kultuurilooline_kollektsioon, lk 46
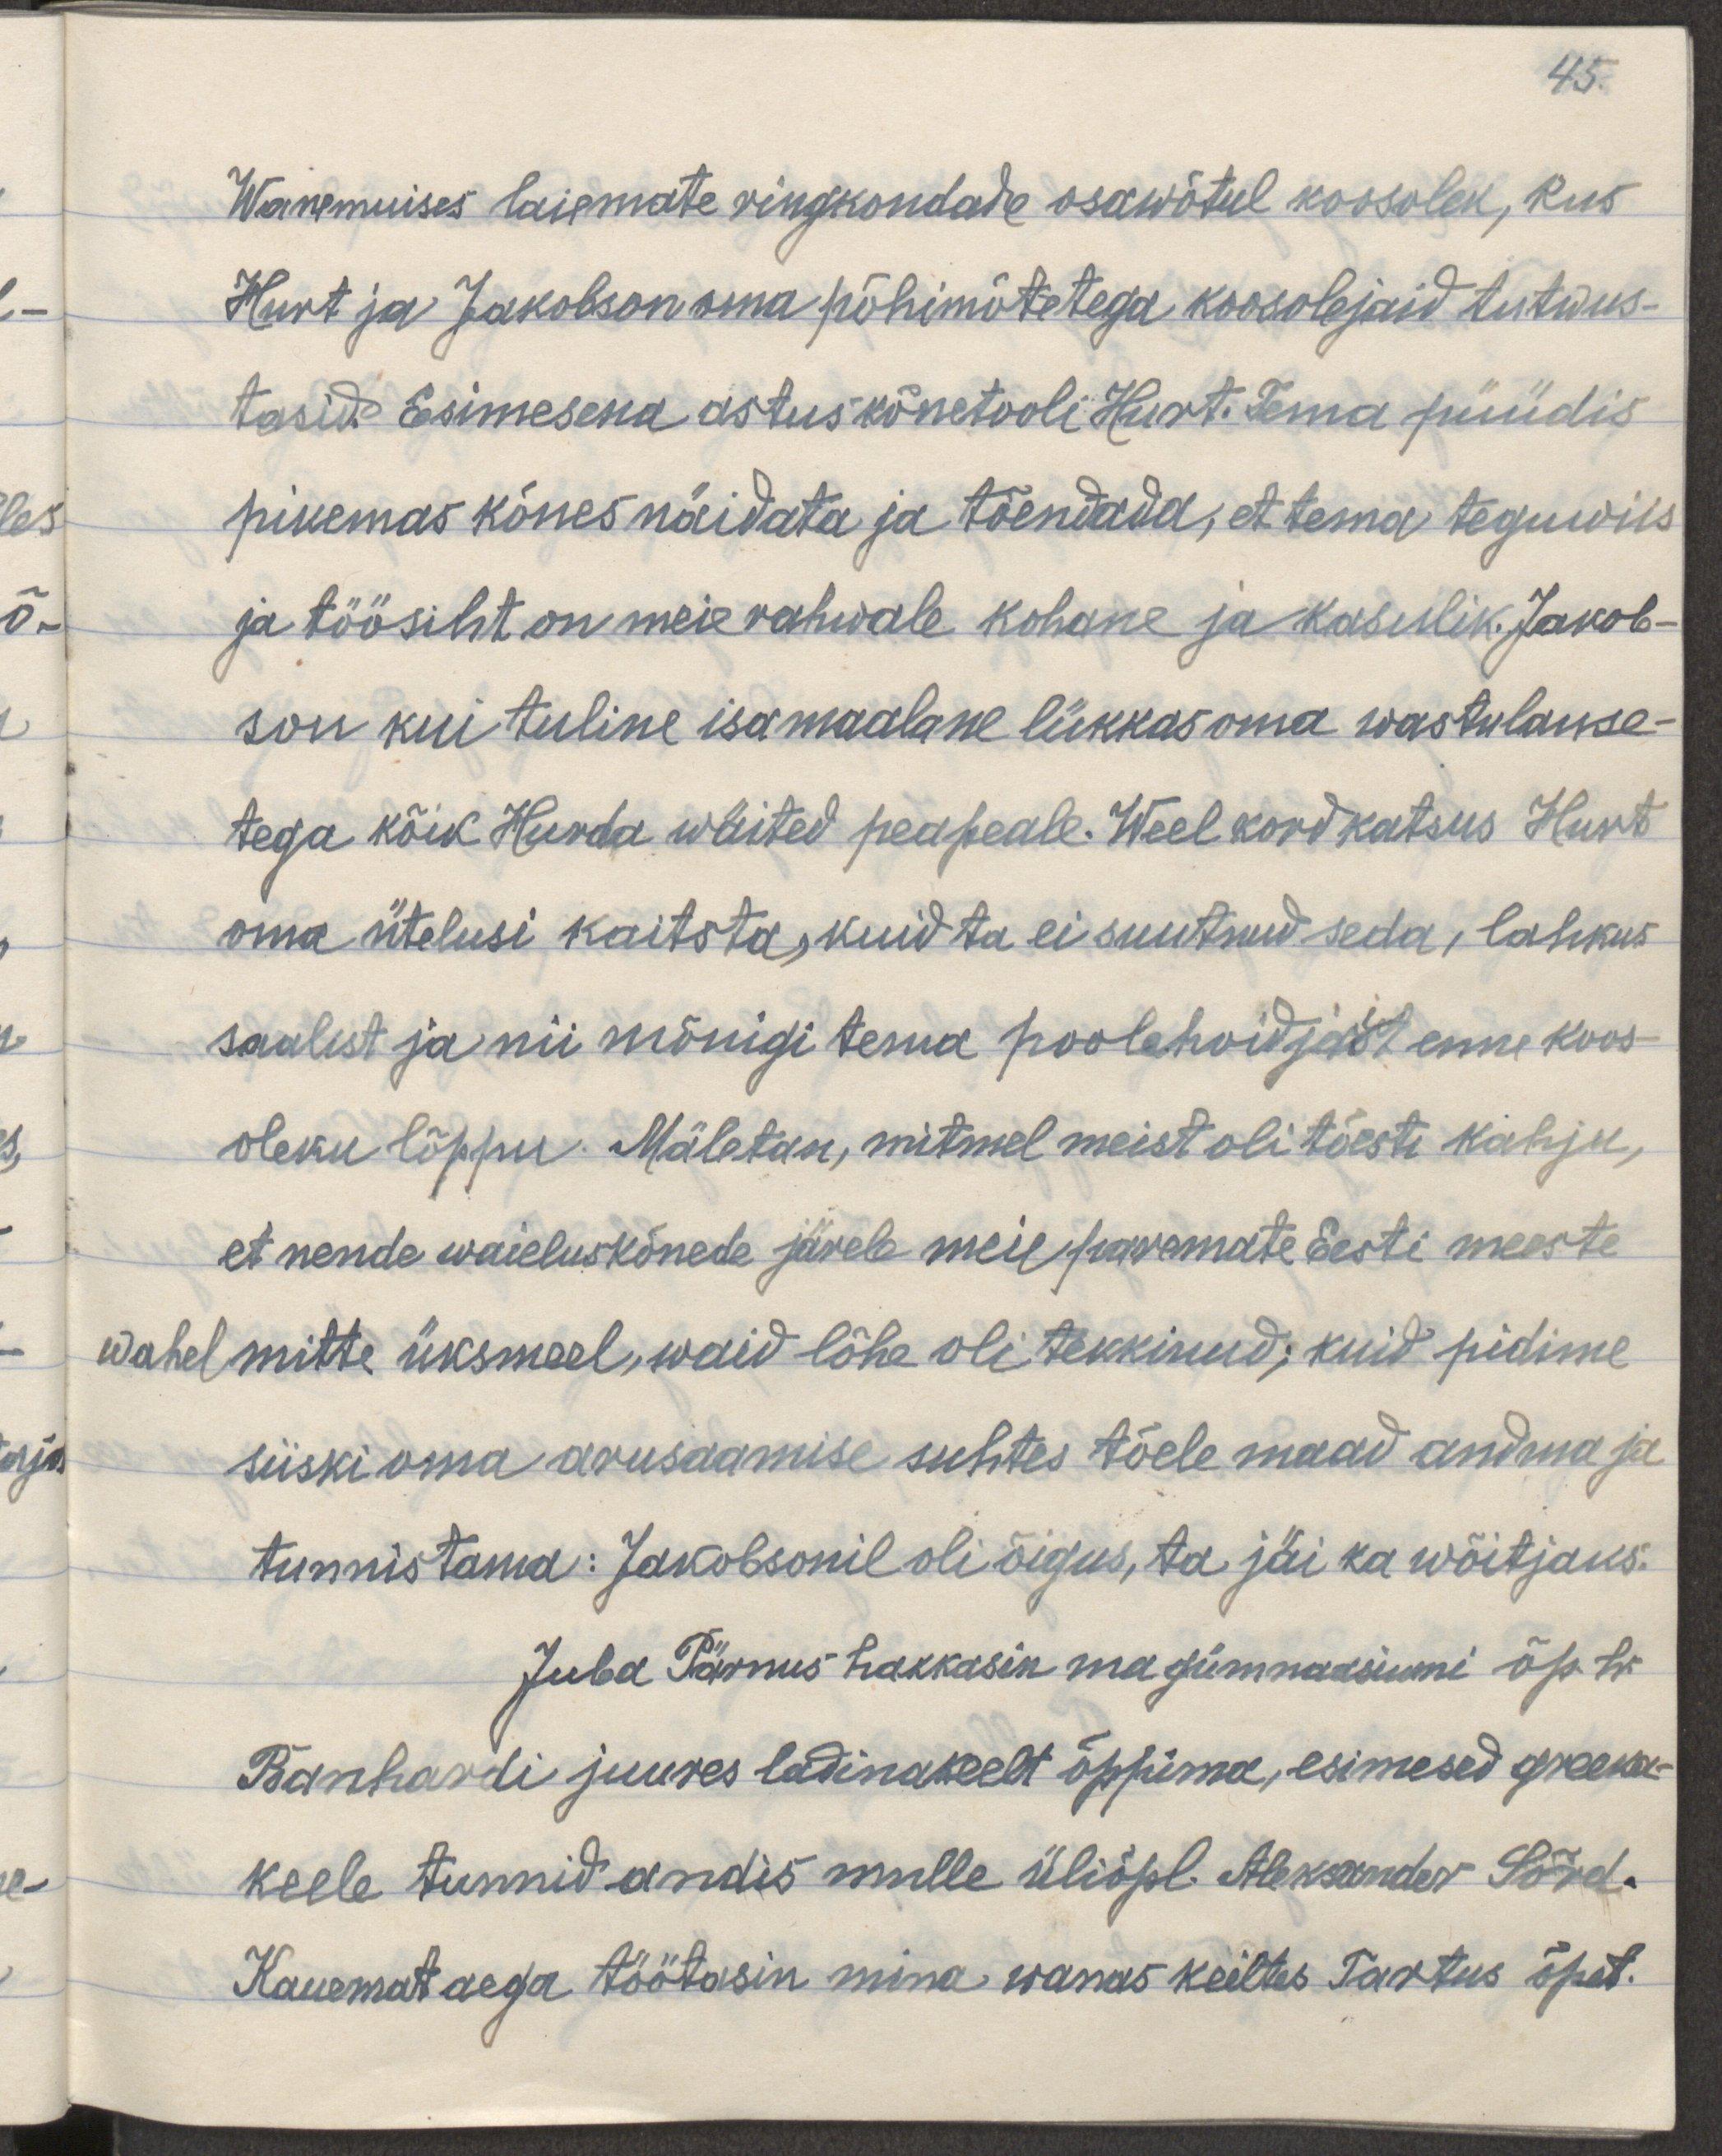
45.
Wanemuises laiemate ringkondade osawõtul koosolek, kus 
Hurt ja Jakobson oma põhimõtetega koosolejaid tutwus-
tasid. Esimesena astus kõnetooli Hurt. Tema püüdis
pikemas kõnes näidata ja tõendada, et tema teguwiis 
ja töösiht on meie rahwale kohane ja kasulik. Jakob-
son kui tuline isamaalane lükkas oma wastulause-
tega kõik Hurda wäited peapeale. Weel kord katsus Hurt 
oma ütelusi kaitsta, kuid ta ei suutnud seda, lahkus
saalist ja nii mõnigi tema poolehoidjast enne koos-
oleku lõppu. Mäletan, mitmel meist oli tõesti kahju,
et nende waieluskõnede järele meie paremate Eesti meeste
wahel mitte üksmeel, waid lõhe oli tekkinud; kuid pidime
siiski oma arusaamise suhtes tõele maad andma ja
tunnistama: Jakobsonil oli õigus, ta jäi ka wõitjaks.
Juba Pärnus hakkasin ma gümnaasiumi õp. hr.
Banhardi juures ladinakeelt õppima, esimesed greeka-
keele tunnid andis mulle üliõpil. Aleksander Sõrd.
Kauemat aega töötasin mina wanas keiltes Tartus õpet.